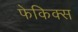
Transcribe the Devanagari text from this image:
फेकिक्स